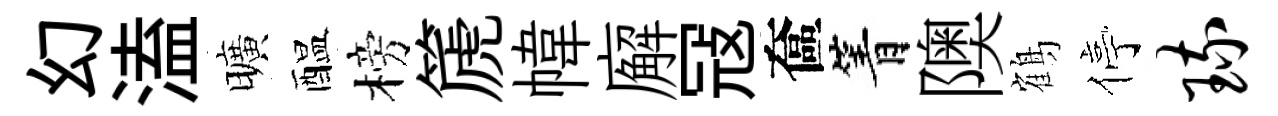
幻溘曠醖榜篪幃廨冦奩箐隩鶴停琉